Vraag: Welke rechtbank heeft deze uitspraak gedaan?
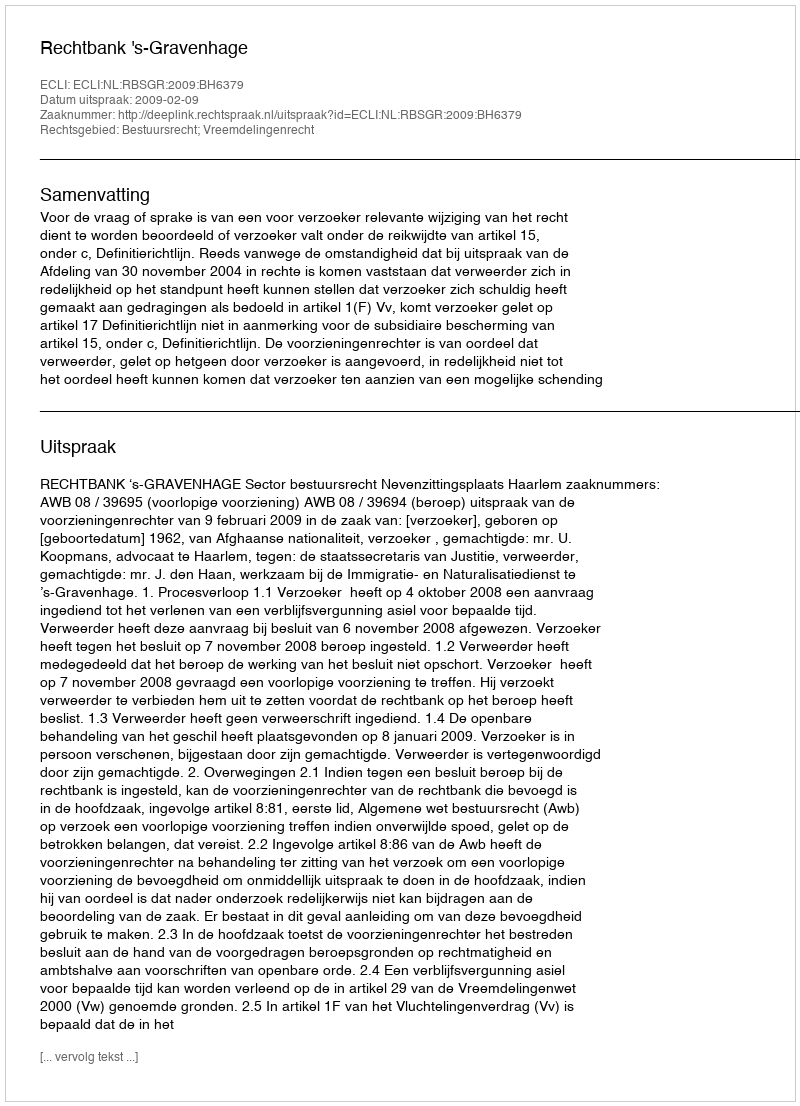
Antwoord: Rechtbank 's-Gravenhage